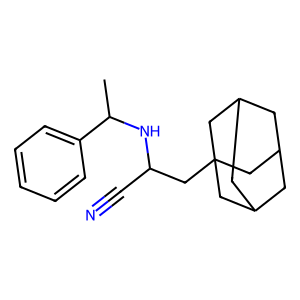
SMILES: CC(NC(C#N)CC12CC3CC(CC(C3)C1)C2)c1ccccc1
Inhibits HIV replication: No